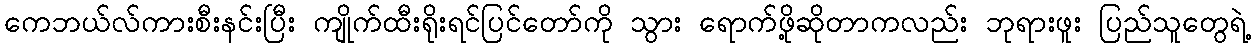
ကေဘယ်လ်ကားစီးနင်းပြီး ကျိုက်ထီးရိုးရင်ပြင်တော်ကို သွား ရောက်ဖို့ဆိုတာကလည်း ဘုရားဖူး ပြည်သူတွေရဲ့